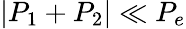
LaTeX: |P_{1}+P_{2}|\ll P_{e}